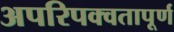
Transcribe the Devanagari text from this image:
अपरिपक्वतापूर्ण